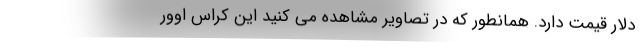
دلار قیمت دارد. همانطور که در تصاویر مشاهده می کنید این کراس اوور